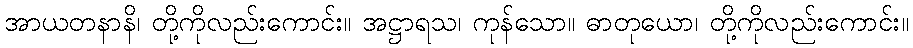
အာယတနာနိ၊ တို့ကိုလည်းကောင်း။ အဋ္ဌာရသ၊ ကုန်သော။ ဓာတုယော၊ တို့ကိုလည်းကောင်း။